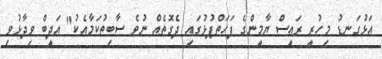
އަޅުގަނޑު މިހުރީ ރައީސް ޔާމީންގެ ފަހަތްޕުޅުގައި ދެގޮތެއް ނުވެ ސާބިތުކަމާއެކު" އަދީބް ވިދާޅުވި